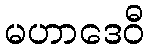
မဟာဒေဝီ